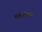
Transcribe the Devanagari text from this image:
मातांच्या